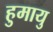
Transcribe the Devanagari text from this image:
हुमायु